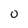
Character: 0